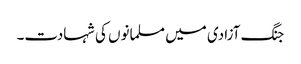
جنگ آزادی میں مسلمانوں کی شہادت۔